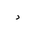
Letter: _dal